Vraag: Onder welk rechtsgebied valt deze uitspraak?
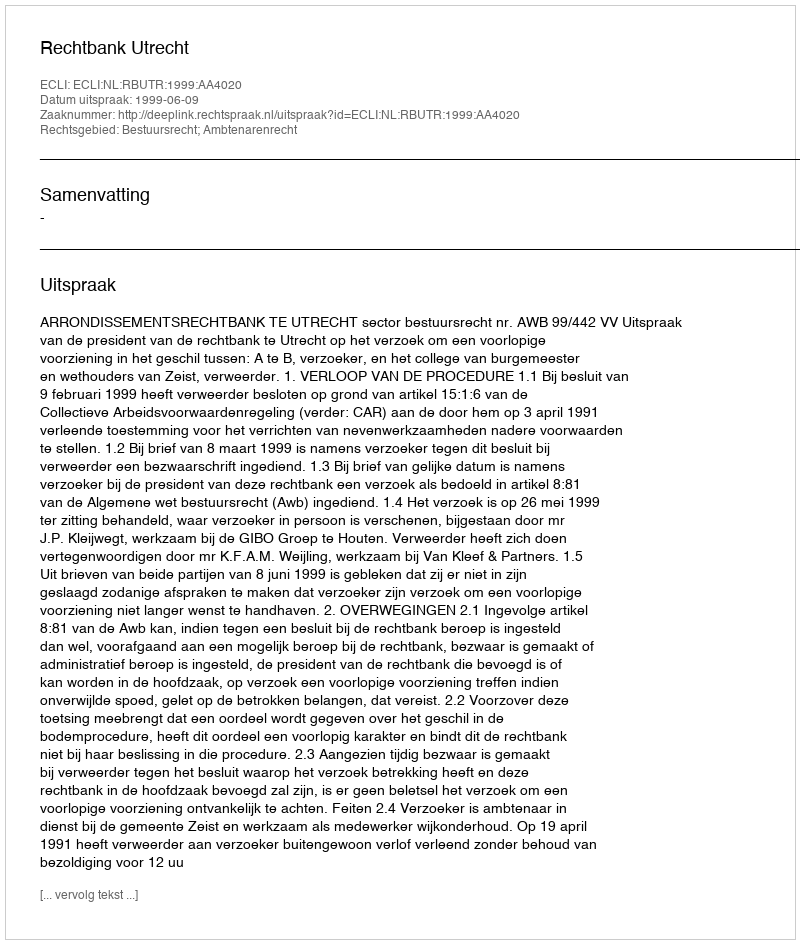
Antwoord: Bestuursrecht; Ambtenarenrecht